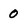
Character: 0